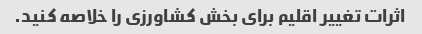
اثرات تغییر اقلیم برای بخش کشاورزی را خلاصه کنید.